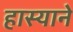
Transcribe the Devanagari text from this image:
हास्याने